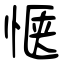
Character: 惬